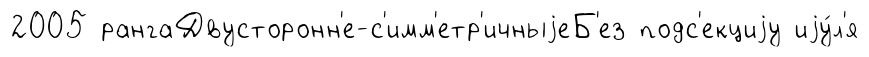
2005 рангаДвусторонн'е-с'имм'етр'ичныjеБ'ез подс'екциjу иjу́л'я